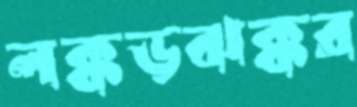
লক্কড়ঝক্কর